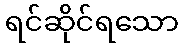
ရင်ဆိုင်ရသော